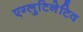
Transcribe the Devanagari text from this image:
एग्लुटिनेटिव